Bombay plague: being a history of the progress of plague in the Bombay presidency from September 1896 to June 1899
Year: 1896
Disease focus: Plague
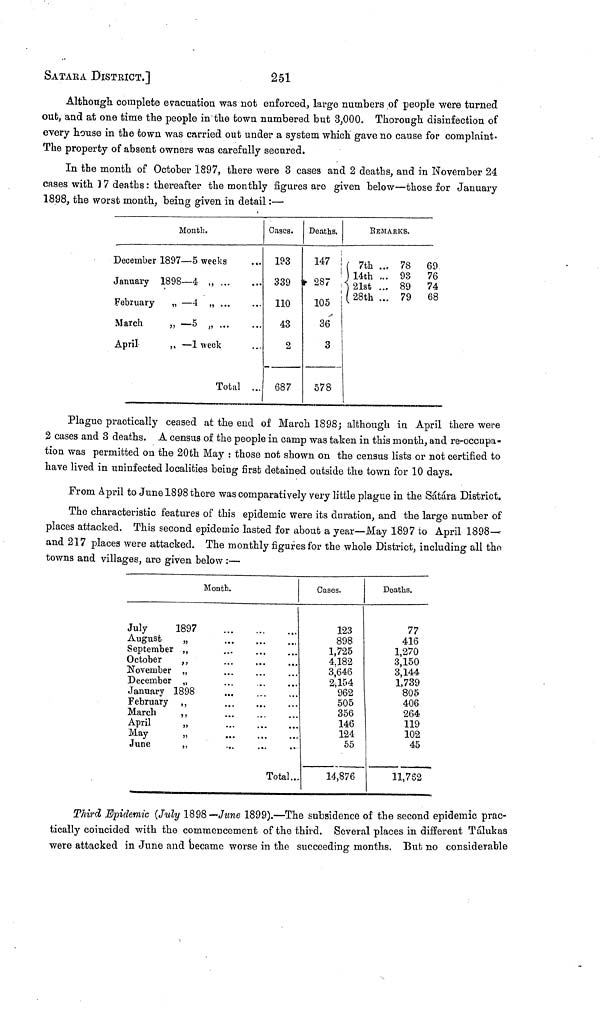
SATARA DISTRICT.]
251
Although complete evacuation was not enforced, large numbers of people were turned
out, and at one time the people in the town numbered but 3,000. Thorough disinfection of
every house in the town was carried out under a system which gave no cause for complaint-
The property of absent owners was carefully secured.
In the month of October 1897, there were 3 cases and 2 deaths, and in November 24
cases with ] 7 deaths : thereafter the monthly figures are given below—those for January
1898, the worst month, being given in detail :—
Month.
December 1897 — 5 weeks
January
February
March
April
1898—4 „ ...
,,
__
4
,,
···
,,
__
5 ,, ···
,, — 1 week
Total
...
...
...
...
...
Cases.
193
339
110
43
2
687
Deaths.
147
287
105
36
3
578
REMARKS.
7th
...
14th ...
2st ...
28th ...
78
93
89
79
69
76
74
68
Plague practically ceased at the end of March 1898; although in April there were
2 cases and 3 deaths. A census of the people in camp was taken in this month, and re-occupa-
tion was permitted on the 20th May : those not shown on the census lists or not certified to
have lived in uninfected localities being first detained outside the town for 10 days.
From April to June 1898 there was comparatively very little plague in the Sátára District.
The characteristic features of this epidemic were its duration, and the large number of
places attacked. This second epidemic lasted for about a year—May 1897 to April 1898—
and 217 places were attacked. The monthly figures for the whole District, including all the
towns and villages, are given below :—
Month.
July
1897
August
„
September „
October
„
November „
December „
January 1898
February „
March
„
April „
May „
June
„
...
...
...
...
...
...
...
...
...
...
...
...
...
...
...
...
...
Total
...
...
...
...
...
Cases.
123
898
1,725
4,182
3,646
2,154
962
505
356
146
124
55
14,876
Deaths.
77
416
1,270
3,150
3,144
1,739
805
406
264
119
102
45
11,762
Third Epidemic (July 1898— June 1899).—The subsidence of the second epidemic prac-
tically coincided with the commencement of the third. Several places in different Tálukas
were attacked in June and became worse in the succeeding months. But no considerable